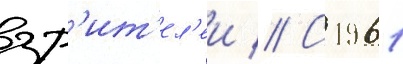
зр'ит'ел'еи // С 1961